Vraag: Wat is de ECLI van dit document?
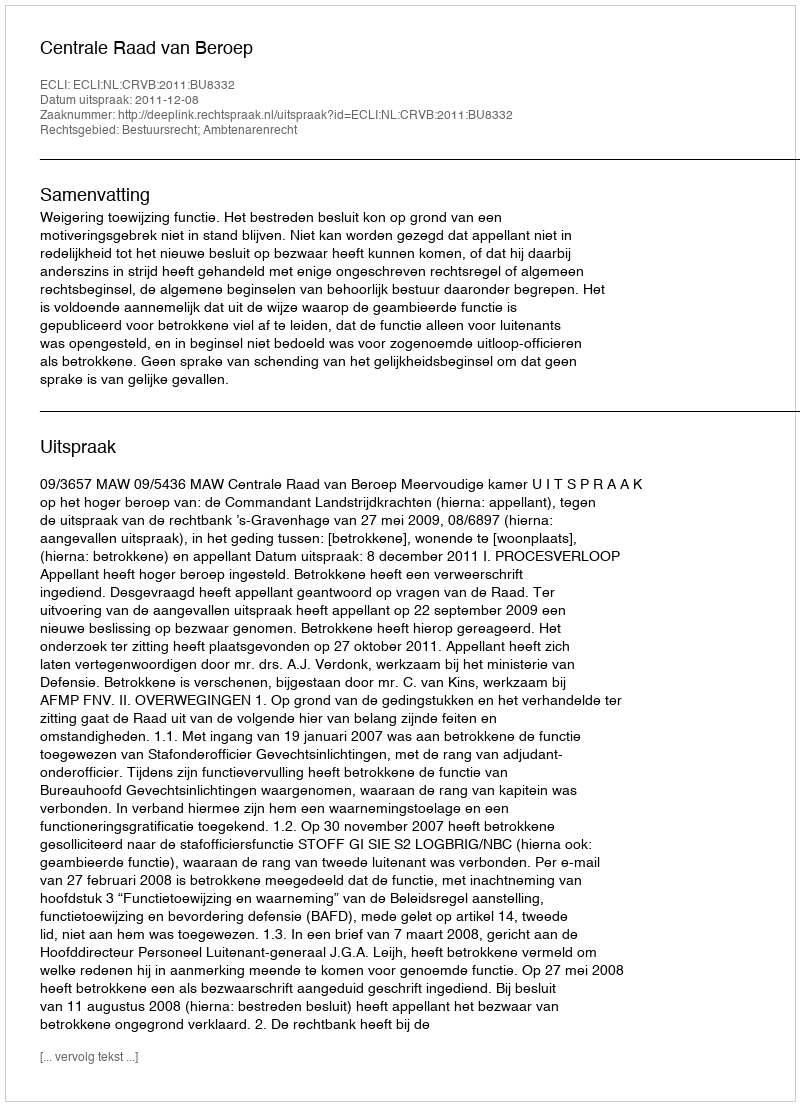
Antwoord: ECLI:NL:CRVB:2011:BU8332